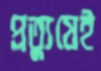
প্রত্যুষেই